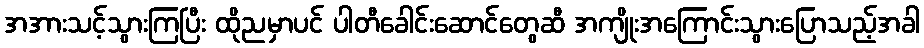
အအားသင့်သွားကြပြီး ထိုညမှာပင် ပါတီခေါင်းဆောင်တွေဆီ အကျိုးအကြောင်းသွားပြောသည့်အခါ